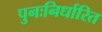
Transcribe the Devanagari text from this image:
पुनःनिर्धारित